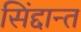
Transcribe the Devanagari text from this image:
सिंद्दान्त